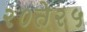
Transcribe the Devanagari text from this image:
२०ते२५